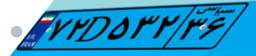
۷۲D۵۳۲۳۶